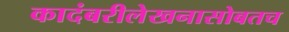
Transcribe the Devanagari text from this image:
कादंबरीलेखनासोबतच